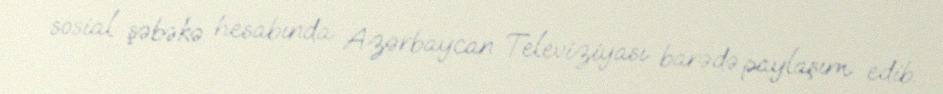
sosial şəbəkə hesabında Azərbaycan Televiziyası barədə paylaşım edib.